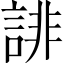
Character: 誹